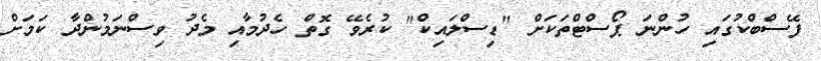
ފޭސްބްކުގައި ހުންނަ ޕޯސްޓްތަކަށް "ޑިސްލައިކް" ކުރެވޭ ގޮތް ހެދުމާއި މެދު ވިސްނަމުންދާ ކަމަށް